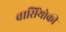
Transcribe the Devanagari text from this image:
वासिंयोकी